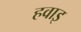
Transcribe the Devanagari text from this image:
हवाइ